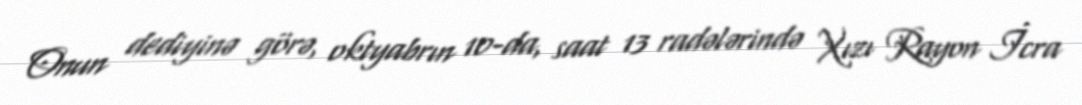
Onun dediyinə görə, oktyabrın 10-da, saat 13 radələrində Xızı Rayon İcra